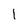
Character: l